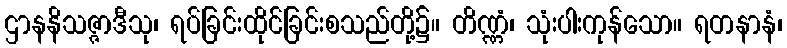
ဌာနနိသဇ္ဇာဒီသု၊ ရပ်ခြင်းထိုင်ခြင်းစသည်တို့၌။ တိဏ္ဏံ၊ သုံးပါးကုန်သော။ ရတနာနံ၊